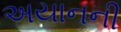
અયાનની